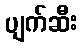
ပျက်ဆီး